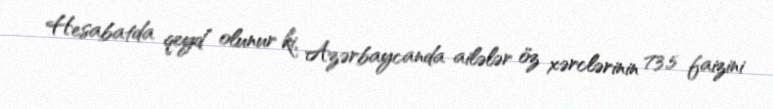
Hesabatda qeyd olunur ki, Azərbaycanda ailələr öz xərclərinin 73,5 faizini